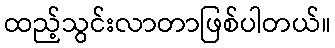
ထည့်သွင်းလာတာဖြစ်ပါတယ်။